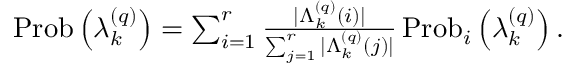
\begin{array} { r } { \operatorname { P r o b } \left( \lambda _ { k } ^ { \left( q \right) } \right) = \sum _ { i = 1 } ^ { r } \frac { \vert \Lambda _ { k } ^ { \left( q \right) } \left( i \right) \vert } { \sum _ { j = 1 } ^ { r } \vert \Lambda _ { k } ^ { \left( q \right) } \left( j \right) \vert } \operatorname { P r o b } _ { i } \left( \lambda _ { k } ^ { \left( q \right) } \right) . } \end{array}